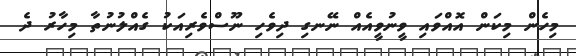
މިހެން މިކަން އޮއްވައި ވީނުވީއެއް ނޭނގި ދިވެހި ނޫސްވެރިއަކު ގެއްލުނުތާ މިހާރު ދެ